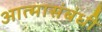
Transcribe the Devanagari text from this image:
आत्मासंबंधी